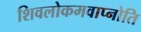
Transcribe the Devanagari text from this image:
शिवलोकमवाप्नोति